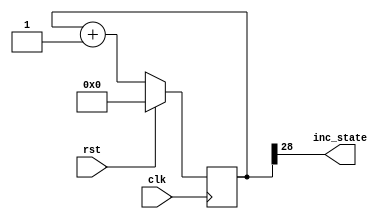
/*
   This file was generated automatically by Alchitry Labs version 1.2.1.
   Do not edit this file directly. Instead edit the original Lucid source.
   This is a temporary file and any changes made to it will be destroyed.
*/

module stateCounter_6 (
    input clk,
    input rst,
    output reg inc_state
  );
  
  
  
  reg [28:0] M_stateCounter_d, M_stateCounter_q = 1'h0;
  
  always @* begin
    M_stateCounter_d = M_stateCounter_q;
    
    if (M_stateCounter_q[28+0-:1] == 1'h1) begin
      M_stateCounter_d[28+0-:1] = 1'h0;
    end
    inc_state = M_stateCounter_q[28+0-:1];
    M_stateCounter_d = M_stateCounter_q + 1'h1;
  end
  
  always @(posedge clk) begin
    if (rst == 1'b1) begin
      M_stateCounter_q <= 1'h0;
    end else begin
      M_stateCounter_q <= M_stateCounter_d;
    end
  end
  
endmodule